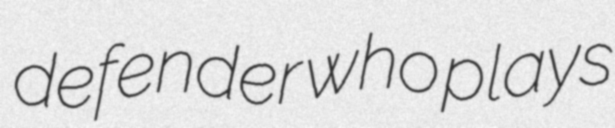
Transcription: defender who plays